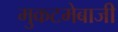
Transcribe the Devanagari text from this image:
मुकटमेबाजी